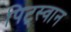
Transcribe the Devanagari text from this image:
पिट्स्वान